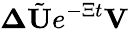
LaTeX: \mathbf{\Delta}\tilde{\mathbf{U}}e^{-\Xi t}\mathbf{V}